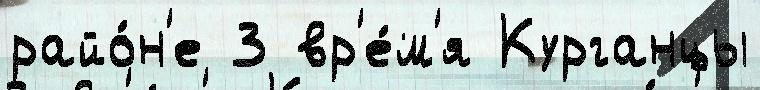
райо́н'е 3 вр'е́м'я Курганцы